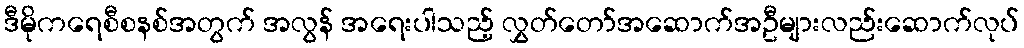
ဒီမိုကရေစီစနစ်အတွက် အလွန် အရေးပါသည့် လွှတ်တော်အဆောက်အဦများလည်းဆောက်လုပ်